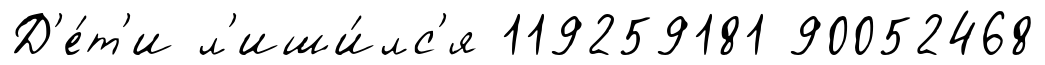
Д'е́т'и л'иши́лс'я 119259181 90052468